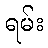
ရမ်း